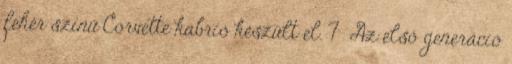
fehér színű Corvette kabrió készült el. 7 Az első generáció